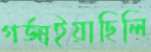
গর্জাইয়াছিলি